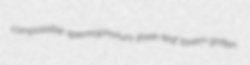
compossible spermophorium three-leaf tavern-gotten